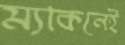
ম্যাকনেই